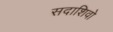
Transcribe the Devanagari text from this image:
सदाशिवो